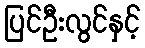
ပြင်ဦးလွင်နှင့်